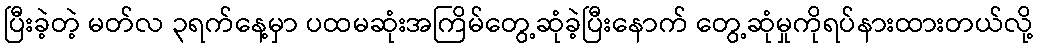
ပြီးခဲ့တဲ့ မတ်လ ၃ရက်နေ့မှာ ပထမဆုံးအကြိမ်တွေ့ဆုံခဲ့ပြီးနောက် တွေ့ဆုံမှုကိုရပ်နားထားတယ်လို့